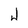
Character: J